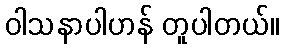
ဝါသနာပါဟန် တူပါတယ်။